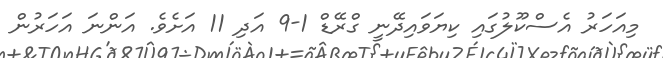
މިއަހަރު އެސްކޫލުގައި ކިޔަވައިދޭނީ ގްރޭޑް 1-9 އަދި 11 އަށެވެ. އަންނަ އަހަރުން